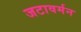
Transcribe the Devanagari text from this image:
जटावर्मन